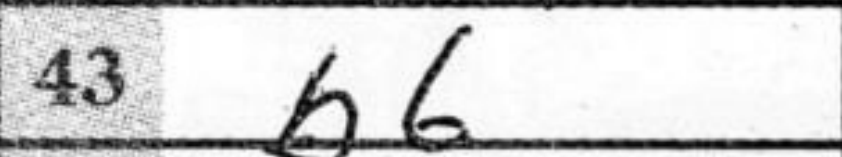
Transcription: b6